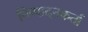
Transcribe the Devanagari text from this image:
निष्‍पादनकर्ता